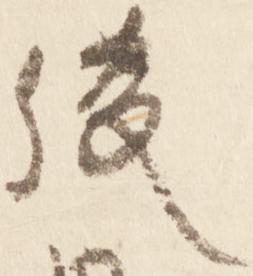
後